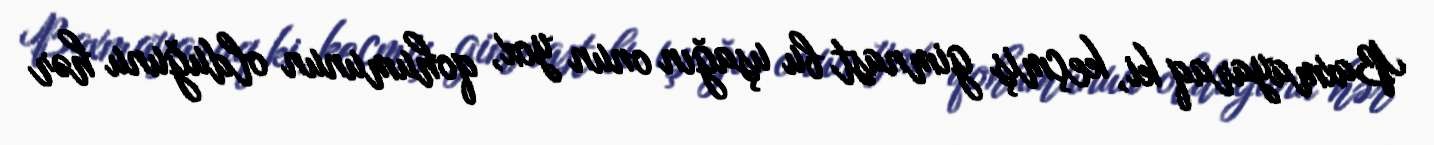
Baxmayaraq ki, keçmiş gimnast bu uşağın onun yox, qohumunun olduğunu hər